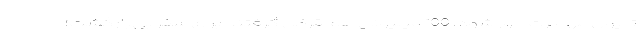
تا پول مهاجرت جور شود. 100 میلیونی هم قرض گرفتند برای سفر بی‌بازگشت؛